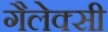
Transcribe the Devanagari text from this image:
गैलेक्‍सी